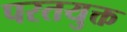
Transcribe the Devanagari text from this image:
परतयुक्त